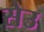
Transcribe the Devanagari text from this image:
सेउ